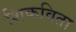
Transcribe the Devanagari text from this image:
शिकविता